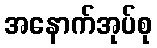
အနောက်အုပ်စု